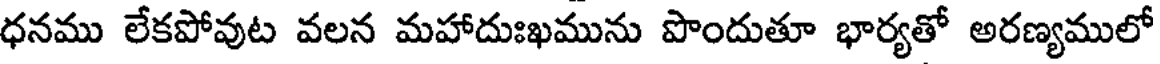
ధనము లేకపోవుట వలన మహాదుఃఖమును పొందుతూ భార్యతో అరణ్యములో